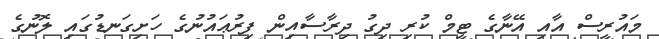
މައުރީސް އާއި އޭނާގެ ޓީމް ކުރި ދިގު ދިރާސާއިން ފިރުޢައުނުގެ ހަށިގަނޑުގައި ލޮނުގެ